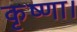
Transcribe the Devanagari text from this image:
कृष्णा।